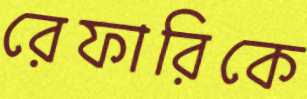
রেফারিকে